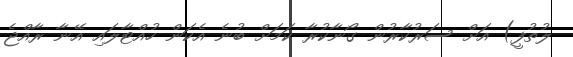
ލުތުފީ) އަށް ސަރުކާރުން ގޯނާކުރާ ކަމަށް ބުނެ އެކަން ހުއްޓާލައި އޭނާ ރާއްޖެ